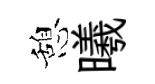
憩曦